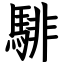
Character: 騑